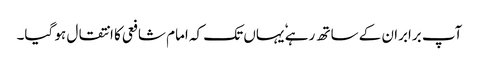
آپ برابران کے ساتھ رہے ٗ یہاں تک کہ امام شافعی کا انتقال ہو گیا۔